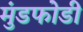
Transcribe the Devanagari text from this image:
मुंडफोडी